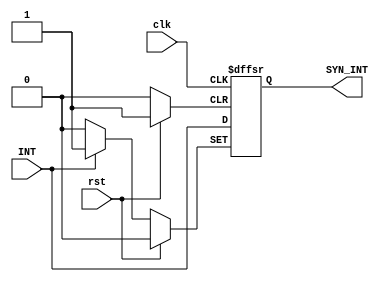
module SYNinterrupt(
  input clk,
  input rst,
  input INT,
  output SYN_INT);
  
  reg SYNINT;
  always@(posedge clk or posedge rst or posedge INT)
  begin
    if (rst)
      SYNINT <= 1'b0;
    else
      begin
        if (INT) SYNINT <= 1'b1;
        else SYNINT <= INT;
      end
  end
  assign SYN_INT = SYNINT;
endmodule